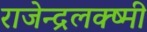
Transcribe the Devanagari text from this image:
राजेन्द्रलक्ष्मी